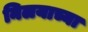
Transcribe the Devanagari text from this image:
निलयाच्या